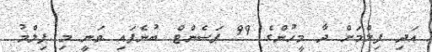
އަދި ފިލްމަށް ދާ މީހުންގެ 99 ޕަސެންޓް ބުނެފައި ވަނީ މި ފިލްމު